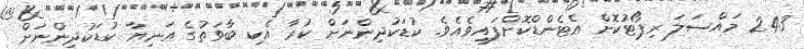
243 މައްސަލަ ރިޕޯޓުކޮށް އެޓެންޑްކޮށްފައިވެއެވެ. ކުޑަކުދިންނަށް ކުރާ އެކި ބާވަތުގެ އަނިޔާ ކުޑަކުދިންނަށް